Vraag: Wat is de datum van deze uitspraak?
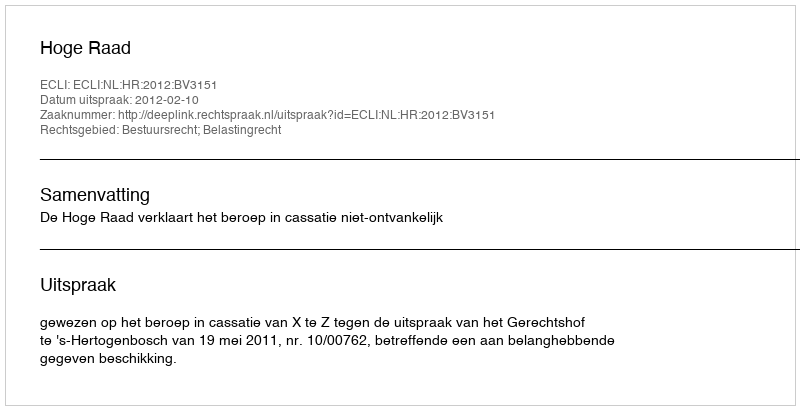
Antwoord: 2012-02-10